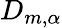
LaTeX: D_{m,\alpha}